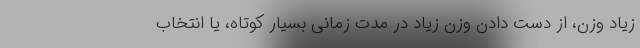
زیاد وزن، از دست دادن وزن زیاد در مدت زمانی بسیار کوتاه، یا انتخاب